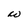
Character: W